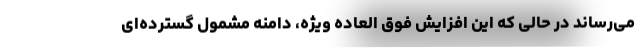
می‌رساند در حالی که این افزایش فوق العاده ویژه، دامنه مشمول گسترده‌ای